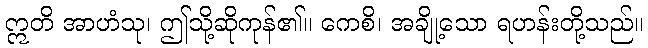
ဣတိ အာဟံသု၊ ဤသို့ဆိုကုန်၏။ ကေစိ၊ အချို့သော ရဟန်းတို့သည်။